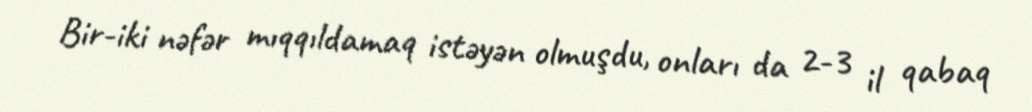
Bir-iki nəfər mıqqıldamaq istəyən olmuşdu, onları da 2-3 il qabaq